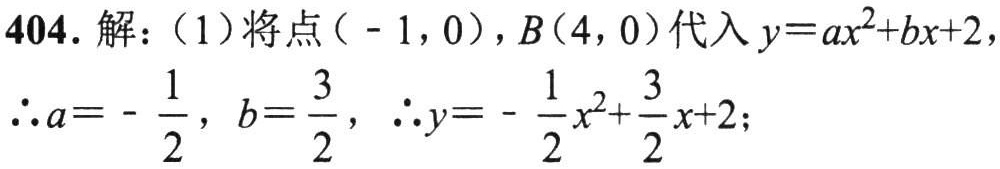
404. 解：（1）将点\(( - 1,0)\)，\(B(4,0)\)代入\(y = ax^{2}+bx + 2\)，
\(\therefore a=-\frac{1}{2}\)，\(b = \frac{3}{2}\)，\(\therefore y=-\frac{1}{2}x^{2}+\frac{3}{2}x + 2\)；